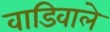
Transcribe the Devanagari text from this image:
वाडिवाले